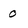
Character: 0